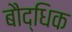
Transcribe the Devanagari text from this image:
बौद्धिक